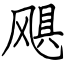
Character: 飓